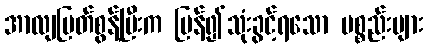
အာလျပြတ်စွန့်ပြီးက ပြန်၍သုံးခွင့်ရသော ပစ္စည်းများ